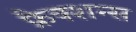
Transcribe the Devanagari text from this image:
फ्रैक्शन्स